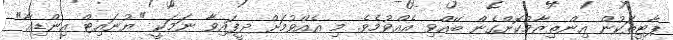
ޕާޓީތަކުން އިންތިޒާމުކޮށްގެން ބޭއްވި އެއްވުމެވެ. މި އެއްވުމަށް ދީފައިވާ ނަމަކީ "ޔުނައިޓް އިންޑިއާ"